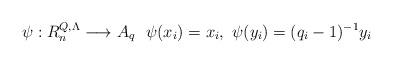
LaTeX: \begin{align*}\psi:R_n^{Q,\Lambda}\longrightarrow A_{q} \ \ \psi(x_i)=x_i,\ \psi(y_i)=(q_i-1)^{-1}y_i \end{align*}